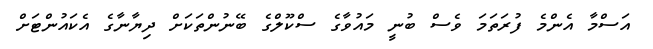
އަސްމާ އެންމެ ފުރަތަމަ ވެސް ބުނީ މައުވާގެ ސްކޫލްގެ ބޭނުންތަކަށް ދިޔާނާގެ އެކައުންޓަށް